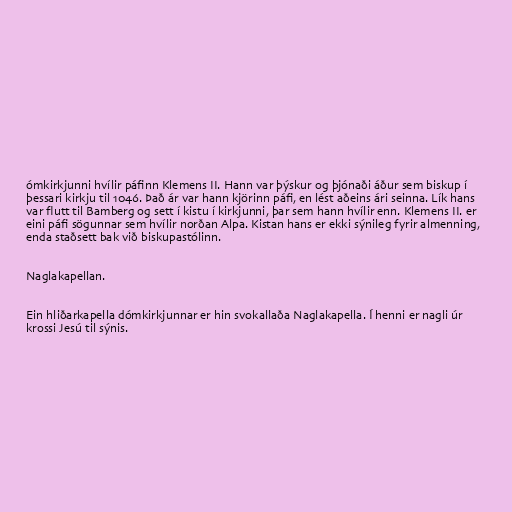
ómkirkjunni hvílir páfinn Klemens II. Hann var þýskur og þjónaði áður sem biskup í
þessari kirkju til 1046. Það ár var hann kjörinn páfi, en lést aðeins ári seinna. Lík hans
var flutt til Bamberg og sett í kistu í kirkjunni, þar sem hann hvílir enn. Klemens II. er
eini páfi sögunnar sem hvílir norðan Alpa. Kistan hans er ekki sýnileg fyrir almenning,
enda staðsett bak við biskupastólinn.

Naglakapellan.

Ein hliðarkapella dómkirkjunnar er hin svokallaða Naglakapella. Í henni er nagli úr
krossi Jesú til sýnis.